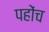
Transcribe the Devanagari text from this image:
पहोंच